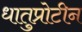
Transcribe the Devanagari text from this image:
धातुप्रोटीन